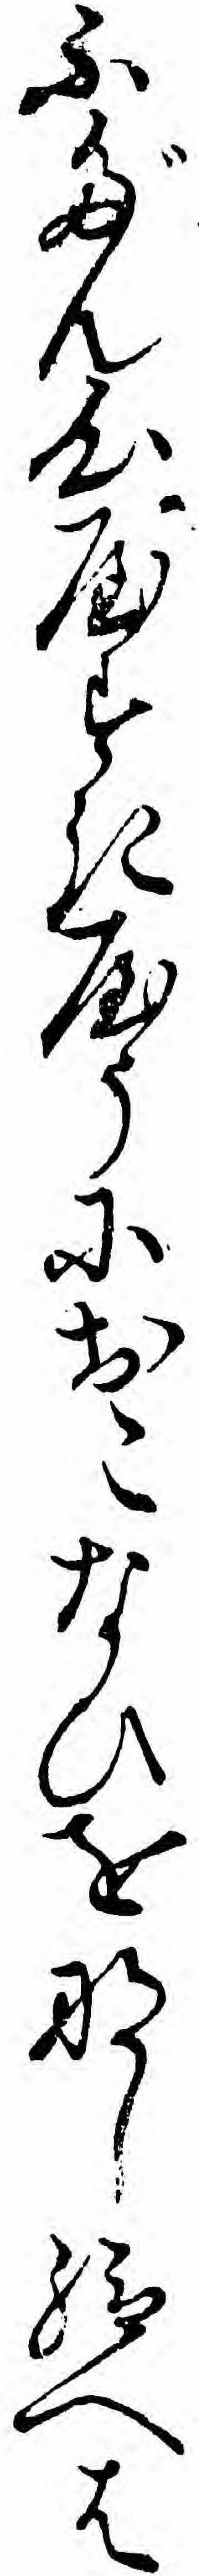
ふだん心やすきやうにおこなひをなし給へは